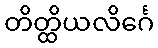
တိတ္ထိယလိင်္ဂေ